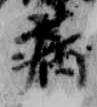
病